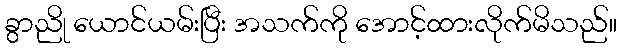
ခွာညို ယောင်ယမ်းပြီး အသက်ကို အောင့်ထားလိုက်မိသည်။